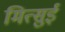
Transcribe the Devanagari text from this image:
मित्‍सुई